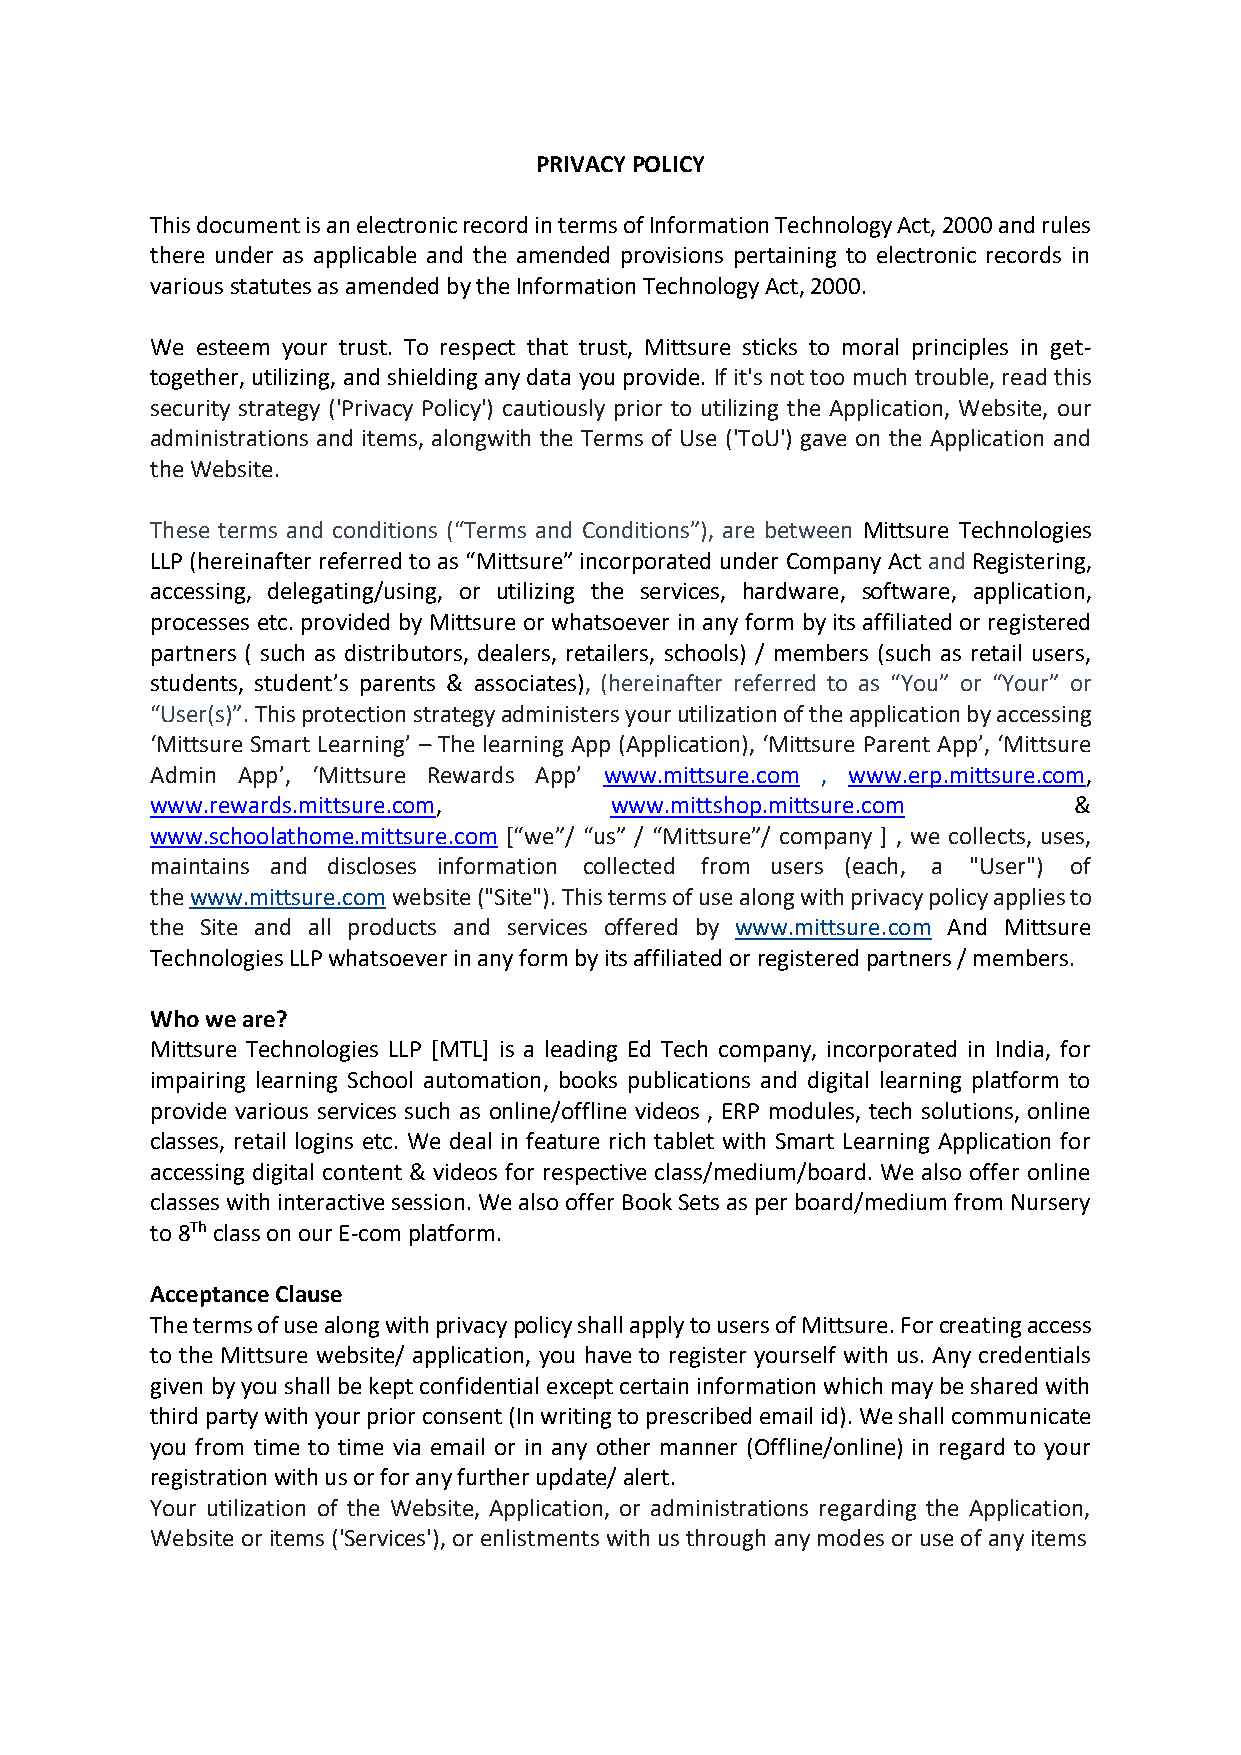
PRIVACY POLICY
 This document is an electronic record in terms of Information Technology Act, 2000 and rules
 there under as applicable and the amended provisions pertaining to electronic records in
 various statutes as amended by the Information Technology Act, 2000.
 We esteem your trust. To respect that trust, Mittsure sticks to moral principles in get-
 together, utilizing, and shielding any data you provide. If it's not too much trouble, read this
 security strategy ('Privacy Policy') cautiously prior to utilizing the Application, Website, our
 administrations and items, alongwith the Terms of Use ('ToU') gave on the Application and
 the Website.
 These terms and conditions (“Terms and Conditions”), are between Mittsure Technologies
 LLP (hereinafter referred to as “Mittsure” incorporated under Company Act and Registering,
 accessing, delegating/using, or utilizing the services, hardware, software, application,
 processes etc. provided by Mittsure or whatsoever in any form by its affiliated or registered
 partners ( such as distributors, dealers, retailers, schools) / members (such as retail users,
 students, student’s parents & associates), (hereinafter referred to as “You” or “Your” or
 “User(s)”. This protection strategy administers your utilization of the application by accessing
 ‘Mittsure Smart Learning’ – The learning App (Application), ‘Mittsure Parent App’, ‘Mittsure
 Admin App’, ‘Mittsure Rewards App’ www.mittsure.com , www.erp.mittsure.com,
 www.rewards.mittsure.com,     www.mittshop.mittsure.com      &
 www.schoolathome.mittsure.com [“we”/ “us” / “Mittsure”/ company ] , we collects, uses,
 maintains and discloses information collected from users (each, a "User") of
 the www.mittsure.com website ("Site"). This terms of use along with privacy policy applies to
 the Site and all products and services offered by www.mittsure.com And Mittsure
 Technologies LLP whatsoever in any form by its affiliated or registered partners / members.
 Who we are?
 Mittsure Technologies LLP [MTL] is a leading Ed Tech company, incorporated in India, for
 impairing learning School automation, books publications and digital learning platform to
 provide various services such as online/offline videos , ERP modules, tech solutions, online
 classes, retail logins etc. We deal in feature rich tablet with Smart Learning Application for
 accessing digital content & videos for respective class/medium/board. We also offer online
 classes with interactive session. We also offer Book Sets as per board/medium from Nursery
 to 8Th class on our E-com platform.
 Acceptance Clause
 The terms of use along with privacy policy shall apply to users of Mittsure. For creating access
 to the Mittsure website/ application, you have to register yourself with us. Any credentials
 given by you shall be kept confidential except certain information which may be shared with
 third party with your prior consent (In writing to prescribed email id). We shall communicate
 you from time to time via email or in any other manner (Offline/online) in regard to your
 registration with us or for any further update/ alert.
 Your utilization of the Website, Application, or administrations regarding the Application,
 Website or items ('Services'), or enlistments with us through any modes or use of any items